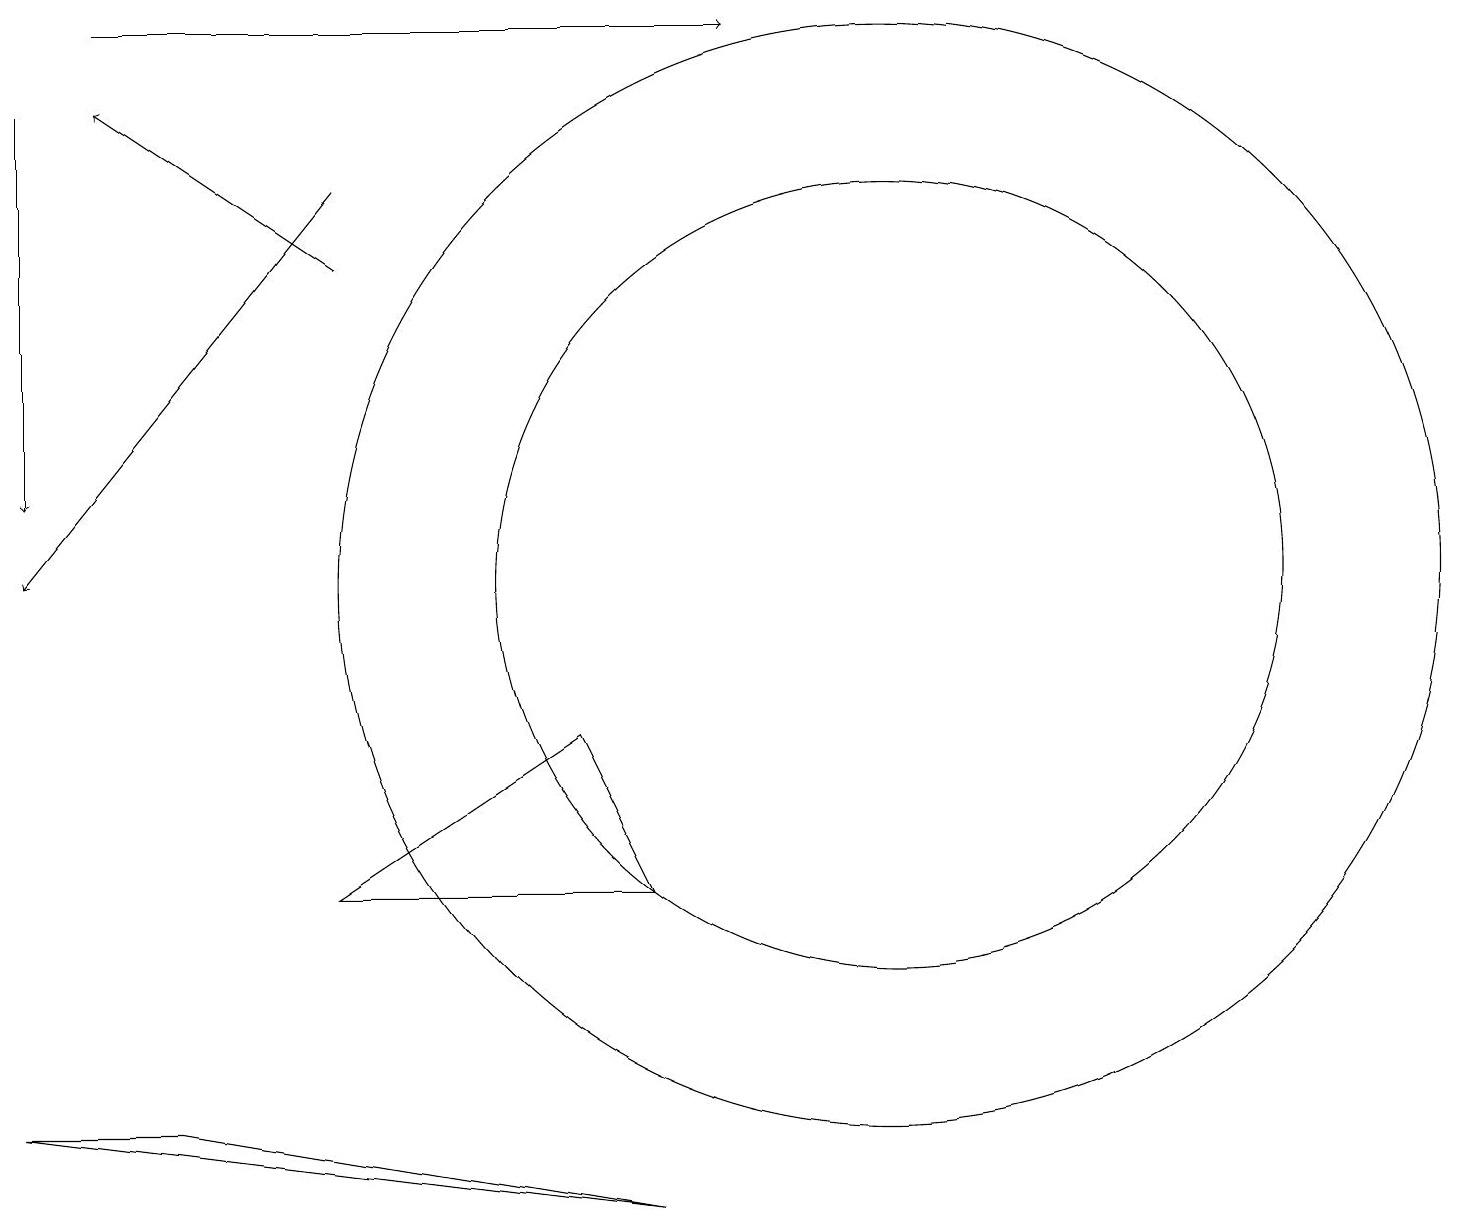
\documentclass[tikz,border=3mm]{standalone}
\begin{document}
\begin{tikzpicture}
\draw[->] (4,14) -- (1,16);
\draw (11,10) circle (5);
\draw[->] (0,16) -- (0,11);
\draw[->] (4,15) -- (0,10);
\draw (8,2) -- (0,3) -- (2,3) -- cycle;
\draw[->] (1,17) -- (9,17);
\draw (7,8) -- (4,6) -- (8,6) -- cycle;
\draw (11,10) circle (7);
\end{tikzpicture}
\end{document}